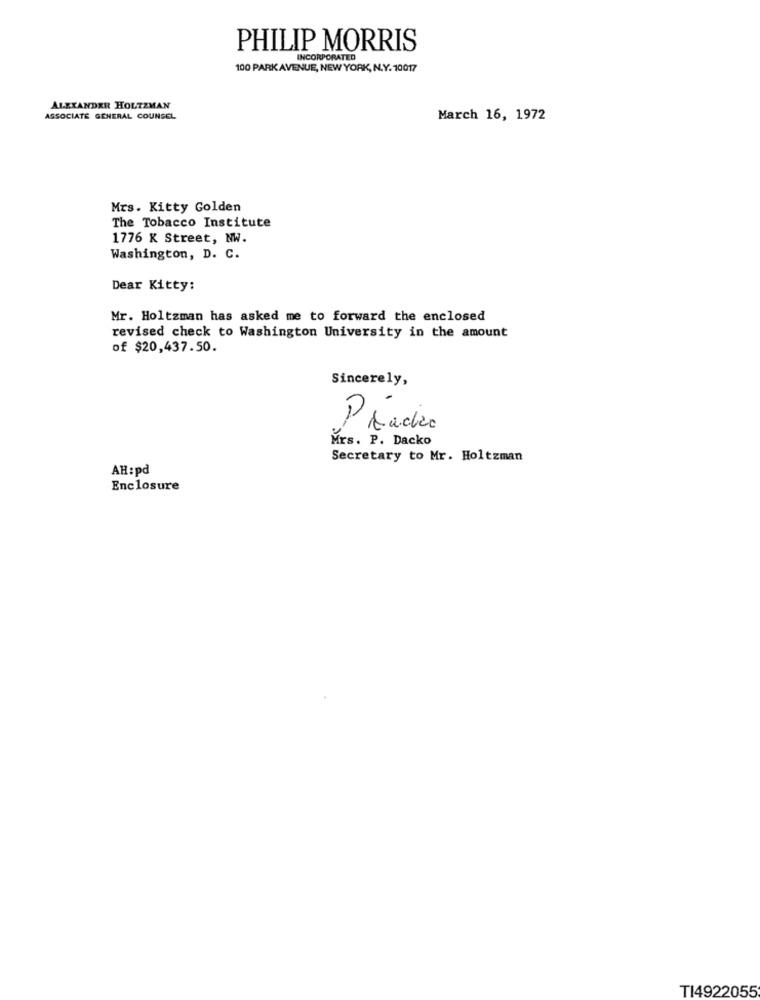
PHILIP MORRIS
INCORPORATED
100 PARK AVENUE, NEW YORK, N.Y. 10017
ALEXANDER HOLTZMAN
ASSOCIATE GENERAL COUNSEL
March 16, 1972
Mrs. Kitty Golden
The Tobacco Institute
1776 K Street, NW.
Washington, D. C.
Dear Kitty:
Mr. Holtzman has asked me to forward the enclosed
revised check to Washington University in the amount
of $20,437.50.
Sincerely,
PÁacke
Mrs. P. Dacko
Secretary to Mr. Holtzman
AH:pd
Enclosure
TI4922055